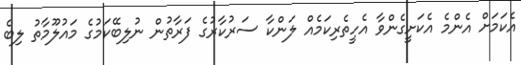
އެކަމަށް އެންމެ އެކަށީގެންވާ އެހީތެރިކަމެއް ލަންކާ ސަރުކާރުގެ ފަރާތުން ނުލިބޭކަމުގެ މައުލޫމާތު ލިބެ